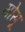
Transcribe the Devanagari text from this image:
मोसू